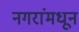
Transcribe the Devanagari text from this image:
नगरांमधून